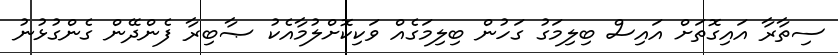
ސިތާރާ އައިގޮތަށް އައިސް ބިލިމަގު ގަހުން ބިލިމަގެއް ވަކިކޮށްލުމާއެކު ޞާބިރާ ފެންދޭން ގެންގުޅުނު